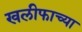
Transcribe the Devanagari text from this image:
खलीफाच्या